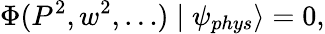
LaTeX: \Phi(P^{2},w^{2},\dots)\mid\psi_{phys}\rangle=0,